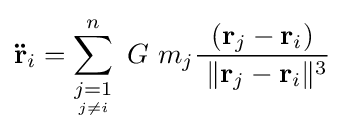
\mathbf {\ddot {r}} _{i}=\sum _{\underset {j\neq i}{j=1}}^{n}\ G\ m_{j}{\frac {\ (\mathbf {r} _{j}-\mathbf {r} _{i})\ }{\ \|\mathbf {r} _{j}-\mathbf {r} _{i}\|^{3}}}